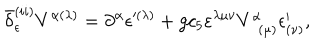
LaTeX: \bar { \delta } _ { \epsilon } ^ { ( i i ) } V ^ { \alpha ( \lambda ) } = \partial ^ { \alpha } \epsilon ^ { \prime ( \lambda ) } + g c _ { 5 } \varepsilon ^ { \lambda \mu \nu } V _ { \; \; ( \mu ) } ^ { \alpha } \epsilon _ { ( \nu ) } ^ { \prime } ,